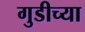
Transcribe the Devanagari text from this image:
गुडीच्या